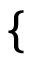
\mathopen { } \mathclose \bgroup \left\{ \begin{array} { r l r l } \end{array} \aftergroup \egroup \right.